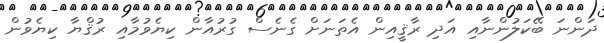
ދަންނަ ބޭކަލުންނާއި އަދި ރާޤީއިން އެތަނަށް ގެނެސް ގުރުއާން ކިޔެވުމާއި ރުޤްޔާ ކިޔެވުން